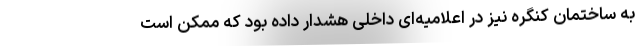
به ساختمان کنگره نیز در اعلامیه‌ای داخلی هشدار داده بود که ممکن است